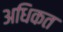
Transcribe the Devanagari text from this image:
अधिकत